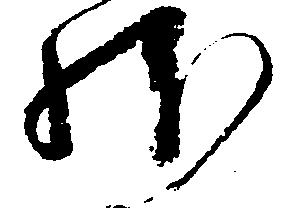
体